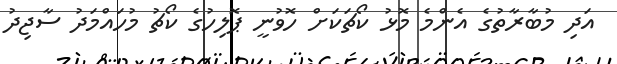
އަދި މުބާރާތުގެ އެންމެ މޮޅު ކޯޗަކަށް ހޮވުނީ ޕޮލިހުގެ ކޯޗު މުހައްމަދު ސާޖިދު